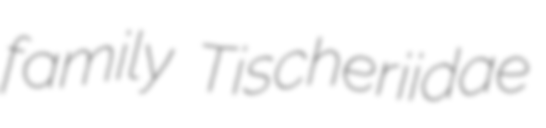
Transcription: family Tischeriidae